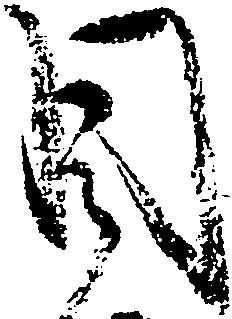
目